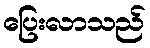
ပြေးလာသည်